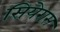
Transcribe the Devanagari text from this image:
सियेरास